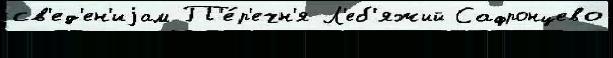
св'ед'ен'иjам П'е́р'ечн'я Л'еб'яжий Сафронцево